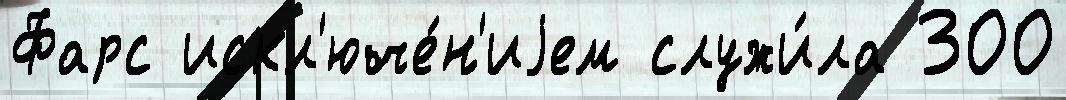
Фарс искл'юче́н'иjем служи́ла 300